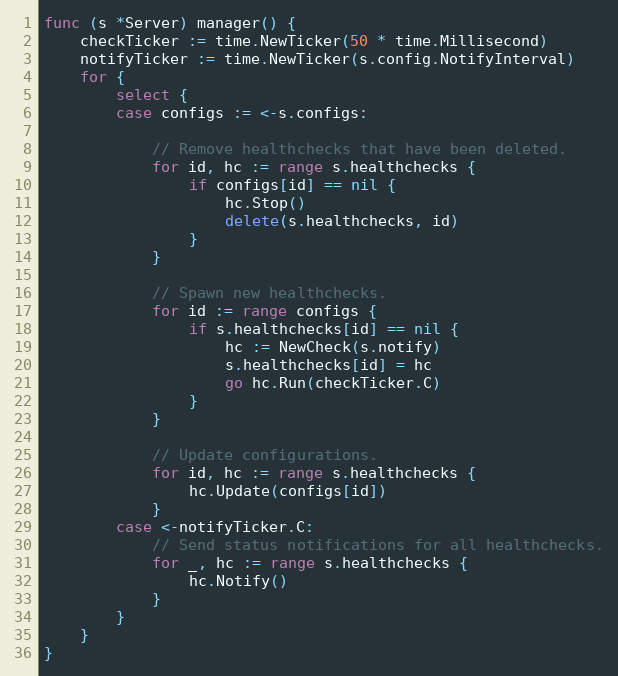
Language: Go
func (s *Server) manager() {
	checkTicker := time.NewTicker(50 * time.Millisecond)
	notifyTicker := time.NewTicker(s.config.NotifyInterval)
	for {
		select {
		case configs := <-s.configs:

			// Remove healthchecks that have been deleted.
			for id, hc := range s.healthchecks {
				if configs[id] == nil {
					hc.Stop()
					delete(s.healthchecks, id)
				}
			}

			// Spawn new healthchecks.
			for id := range configs {
				if s.healthchecks[id] == nil {
					hc := NewCheck(s.notify)
					s.healthchecks[id] = hc
					go hc.Run(checkTicker.C)
				}
			}

			// Update configurations.
			for id, hc := range s.healthchecks {
				hc.Update(configs[id])
			}
		case <-notifyTicker.C:
			// Send status notifications for all healthchecks.
			for _, hc := range s.healthchecks {
				hc.Notify()
			}
		}
	}
}